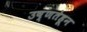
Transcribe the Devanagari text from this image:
उष्णतेहून